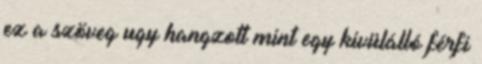
ez a szöveg ugy hangzott mint egy kivülálló férfi